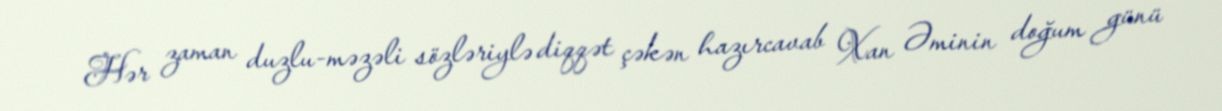
Hər zaman duzlu-məzəli sözləriylə diqqət çəkən hazırcavab Xan Əminin doğum günü